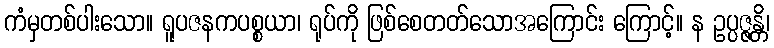
ကံမှတစ်ပါးသော။ ရူပဇနကပစ္စယာ၊ ရုပ်ကို ဖြစ်စေတတ်သောအကြောင်း ကြောင့်။ န ဥပ္ပဇ္ဇန္တိ၊